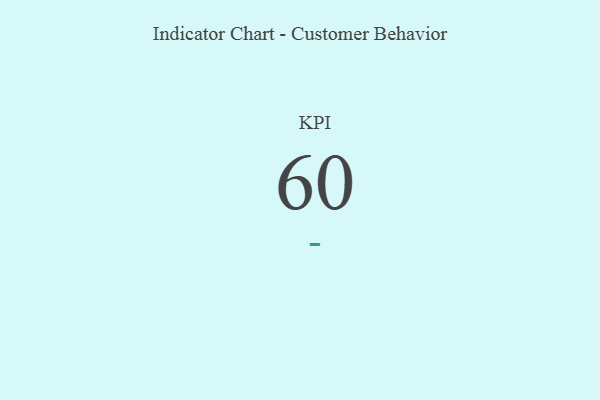
{"axis": {"x": "KPI", "y": "Value"}, "legend": [""], "data": [{"x": "KPI", "y": 60, "type": ""}]}